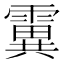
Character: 霬